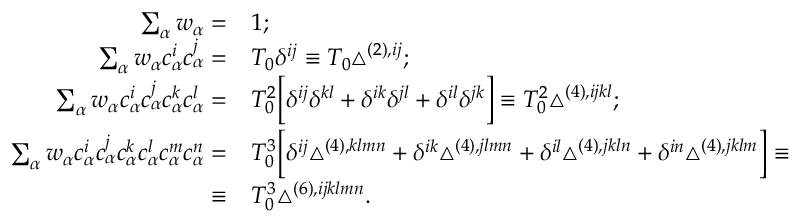
\begin{array} { r l } { \sum _ { \alpha } w _ { \alpha } = } & { { } 1 ; } \\ { \sum _ { \alpha } w _ { \alpha } c _ { \alpha } ^ { i } c _ { \alpha } ^ { j } = } & { { } T _ { 0 } \delta ^ { i j } \equiv T _ { 0 } \triangle ^ { ( 2 ) , i j } ; } \\ { \sum _ { \alpha } w _ { \alpha } c _ { \alpha } ^ { i } c _ { \alpha } ^ { j } c _ { \alpha } ^ { k } c _ { \alpha } ^ { l } = } & { { } T _ { 0 } ^ { 2 } \bigg [ \delta ^ { i j } \delta ^ { k l } + \delta ^ { i k } \delta ^ { j l } + \delta ^ { i l } \delta ^ { j k } \bigg ] \equiv T _ { 0 } ^ { 2 } \triangle ^ { ( 4 ) , i j k l } ; } \\ { \sum _ { \alpha } w _ { \alpha } c _ { \alpha } ^ { i } c _ { \alpha } ^ { j } c _ { \alpha } ^ { k } c _ { \alpha } ^ { l } c _ { \alpha } ^ { m } c _ { \alpha } ^ { n } = } & { { } T _ { 0 } ^ { 3 } \bigg [ \delta ^ { i j } \triangle ^ { ( 4 ) , k l m n } + \delta ^ { i k } \triangle ^ { ( 4 ) , j l m n } + \delta ^ { i l } \triangle ^ { ( 4 ) , j k l n } + \delta ^ { i n } \triangle ^ { ( 4 ) , j k l m } \bigg ] \equiv } \\ { \equiv } & { { } T _ { 0 } ^ { 3 } \triangle ^ { ( 6 ) , i j k l m n } . } \end{array}